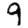
Digit: 9